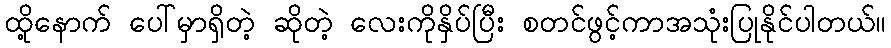
ထို့နောက် ပေါ်မှာရှိတဲ့ ဆိုတဲ့ လေးကိုနှိပ်ပြီး စတင်ဖွင့်ကာအသုံးပြုနိုင်ပါတယ်။